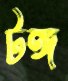
টঙ্গ